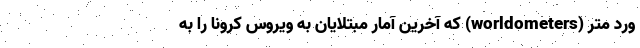
ورد متر (worldometers) که آخرین آمار مبتلایان به ویروس کرونا را به